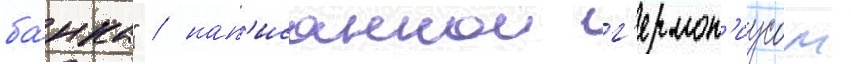
ба́нка" / нап'исаннои г'ермон'иусом